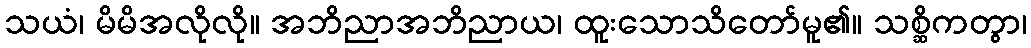
သယံ၊ မိမိအလိုလို။ အဘိညာအဘိညာယ၊ ထူးသောသိတော်မူ၏။ သစ္ဆိကတွာ၊